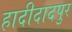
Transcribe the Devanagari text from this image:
हादीदादपुर